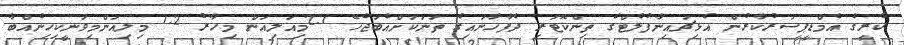
ކުރީގެ އެމްޑީޕީސަރުކާރުން އެޅިޗައިނާފުލެޓްގެ ތިންކޮޓަރި ދެފާހާނައިގެ ތަނަކަށްއެބަޖެހޭ 2.1މިއަލިއަން މިހާރު 1.2 މިލިއަންމިވަނީކިހިނެއްބާ